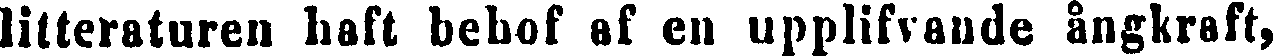
litteraturen haft behof af en upplifvande ångkraft,